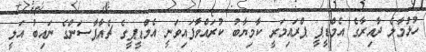
ހުޅުމާލެ ދާއިރާގެ އެމްޑީޕީ ޕްރައިމަރީ ކާމިޔާބު ކުރައްވާފައިވަނީ އެމްޑީޕީގެ ޗެއާޕާސަންގެ ނައިބު އަލީ